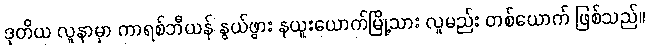
ဒုတိယ လူနာမှာ ကာရစ်ဘီယန် နွယ်ဖွား နယူးယောက်မြို့သား လူမည်း တစ်ယောက် ဖြစ်သည်။